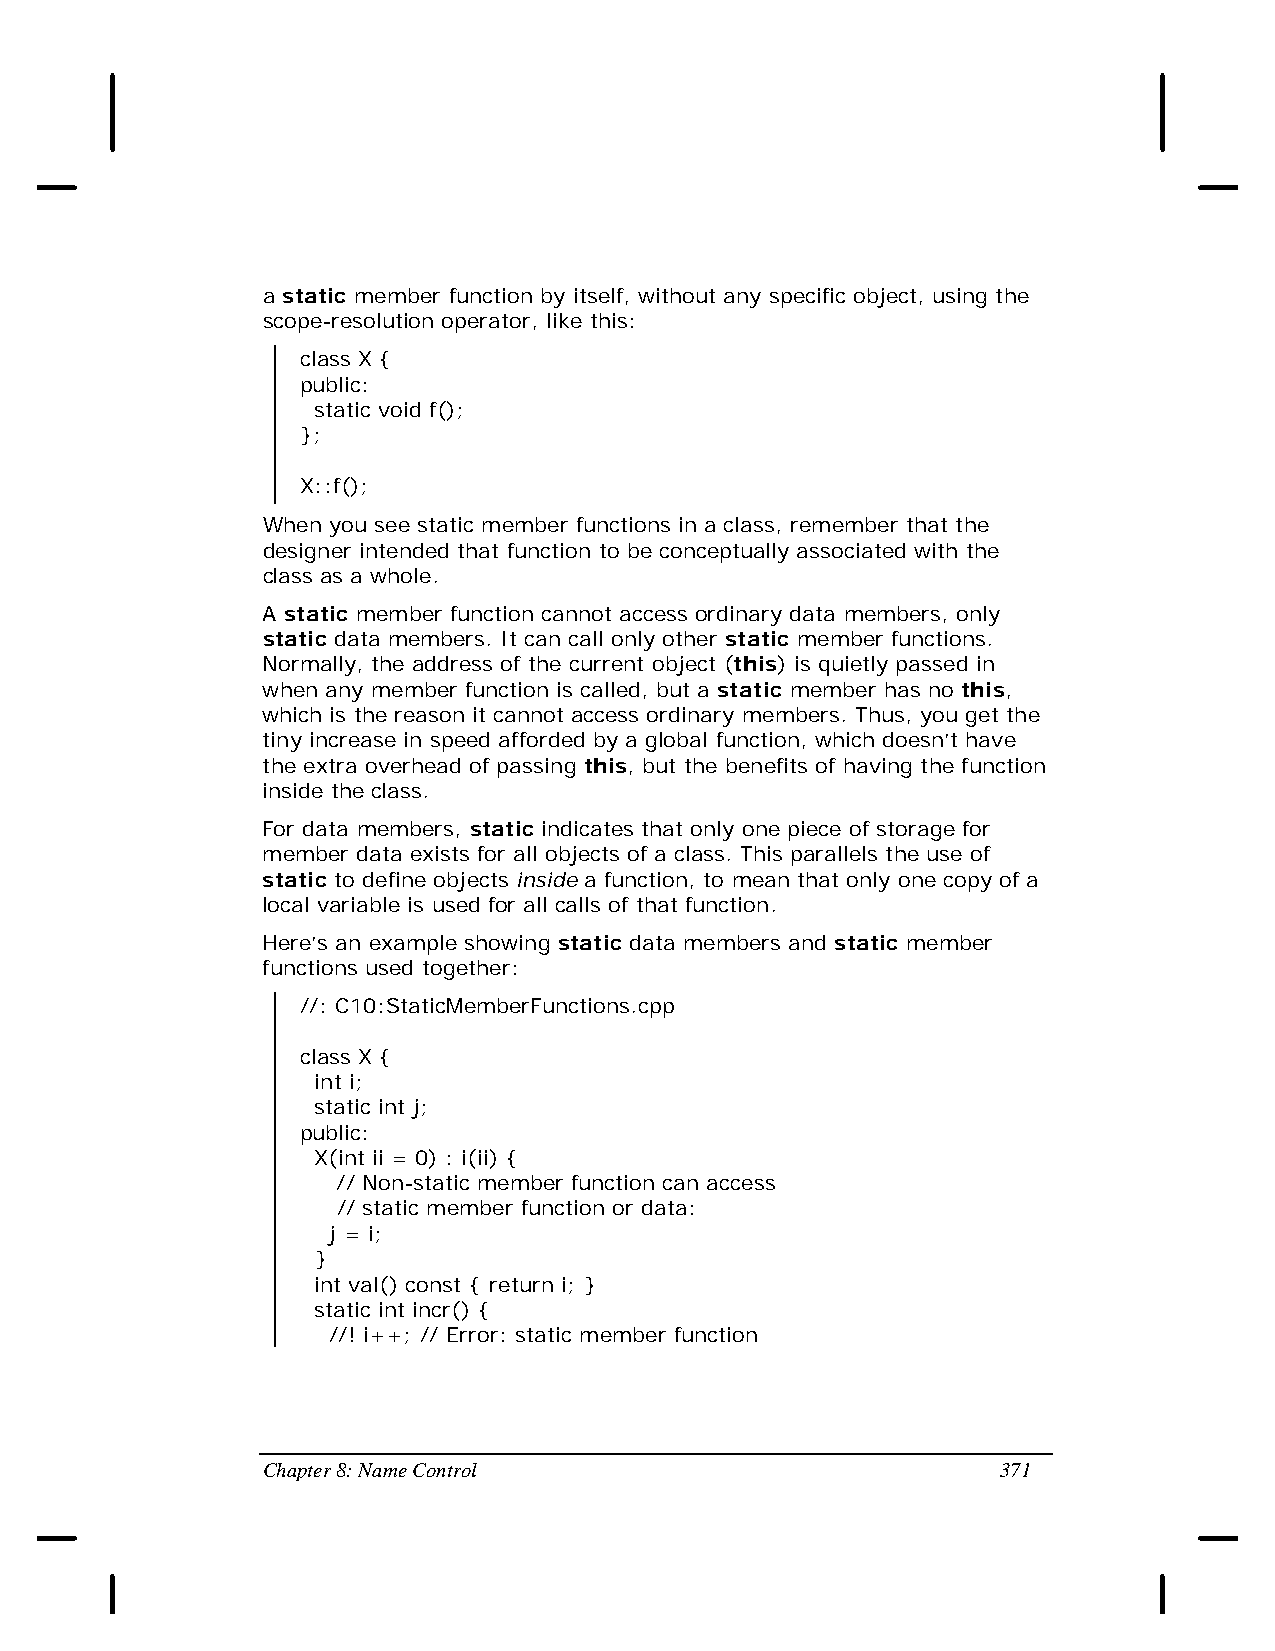
a static member function by itself, without any specific object, using the
 scope-resolution operator, like this:
 class X {
 public:
 static void f();
 };
 X::f();
 When you see static member functions in a class, remember that the
 designer intended that function to be conceptually associated with the
 class as a whole.
 A static member function cannot access ordinary data members, only
 static data members. It can call only other static member functions.
 Normally, the address of the current object (this) is quietly passed in
 when any member function is called, but a static member has no this,
 which is the reason it cannot access ordinary members. Thus, you get the
 tiny increase in speed afforded by a global function, which doesn’t have
 the extra overhead of passing this, but the benefits of having the function
 inside the class.
 For data members, static indicates that only one piece of storage for
 member data exists for all objects of a class. This parallels the use of
 static to define objects inside a function, to mean that only one copy of a
 local variable is used for all calls of that function.
 Here’s an example showing static data members and static member
 functions used together:
 //: C10:StaticMemberFunctions.cpp
 class X {
 int i;
 static int j;
 public:
 X(int ii = 0) : i(ii) {
 // Non-static member function can access
 // static member function or data:
 j = i;
 }
 int val() const { return i; }
 static int incr() {
 //! i++; // Error: static member function
 Chapter 8: Name Control                          371